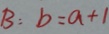
B : b = a + 1